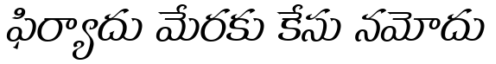
ఫిర్యాదు మేరకు కేసు నమోదు